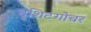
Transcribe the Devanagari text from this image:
दृशिटगोचर